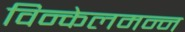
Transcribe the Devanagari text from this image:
विन्केलमन्न